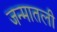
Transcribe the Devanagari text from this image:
जन्मातली